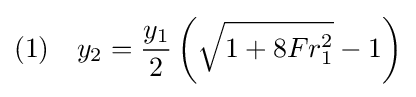
(1)\quad y_{2}={\frac {y_{1}}{2}}\left({\sqrt {1+8Fr_{1}^{2}}}-1\right)